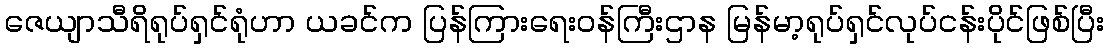
ဇေယျာသီရိရုပ်ရှင်ရုံဟာ ယခင်က ပြန်ကြားရေးဝန်ကြီးဌာန မြန်မာ့ရုပ်ရှင်လုပ်ငန်းပိုင်ဖြစ်ပြီး